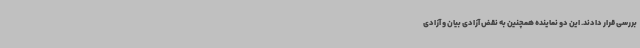
بررسی قرار دادند. این دو نماینده همچنین به نقض آزادی بیان و آزادی